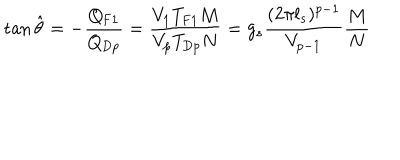
\tan \hat { \theta } = - \frac { Q _ { \mathrm { F 1 } } } { Q _ { \mathrm { D } p } } = \frac { V _ { 1 } T _ { \mathrm { F 1 } } M } { V _ { p } T _ { \mathrm { D } p } N } = g _ { s } \frac { ( 2 \pi l _ { s } ) ^ { p - 1 } } { V _ { p - 1 } } \frac { M } { N }